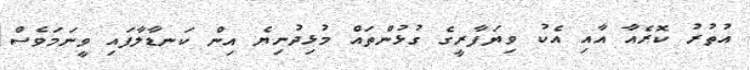
އުތުރު ކޮރެއާ އާއި އެކު ވިޔަފާރީގެ ގުޅުންތައް މުޅިދުނިޔެ އިން ކަނޑާލާފައި ވީނަމަވެސް